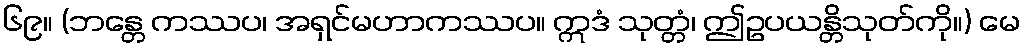
၆၉။ (ဘန္တေ ကဿပ၊ အရှင်မဟာကဿပ။ ဣဒံ သုတ္တံ၊ ဤဥပယန္တိသုတ်ကို။) မေ